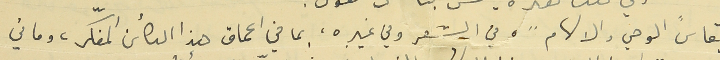
يقاس "الوحي والالهام"، في الشعر  وفي غيره، بما في اعماق هذا الكائن المفكّر، وما في